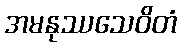
အမနုဿသေဝိတံ